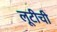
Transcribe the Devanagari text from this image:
लूटीची